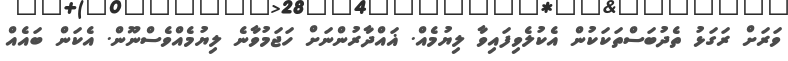
ވަރަށް ރަގަޅު ތެދުބަސްތަކަކުން އެކުލެވިފައިވާ ލިޔުމެއް. ޣައްދާރުންނަށް ހަޖަމުވާނެ ލިޔުމެއްވެސްނޫން. އެކަން ބައެއް